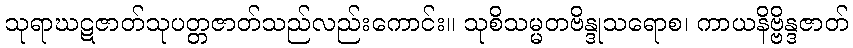
သုရာဃဋဇာတ်သုပတ္တဇာတ်သည်လည်းကောင်း။ သုစိသမ္မတဗိန္ဒုသရောစ၊ ကာယနိဗ္ဗိန္ဒဇာတ်